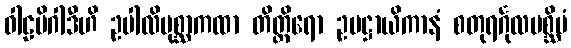
ဝါဠမိဂါဒီဟိ ဥပါလိပုစ္ဆာကထာ တိတ္တိရော ဥပဋ္ဌာယိကာနံ စတုရင်္ဂုလပစ္ဆိမံ